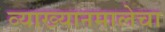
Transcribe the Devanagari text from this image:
व्याख्यानमालेचा